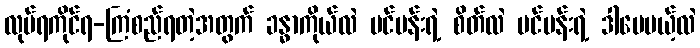
လုပ်ရကိုင်ရ-ကြံစည်ရတဲ့အတွက် ခန္ဓာကိုယ်လဲ ပင်ပန်းရဲ့ စိတ်လဲ ပင်ပန်းရဲ့ ဒါပေမယ့်လဲ